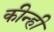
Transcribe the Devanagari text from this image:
कीन्‍ही